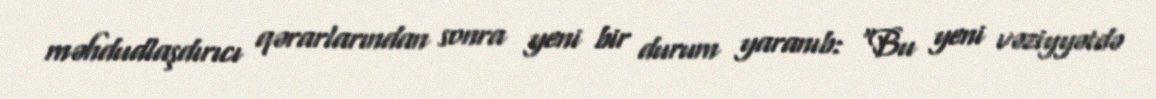
məhdudlaşdırıcı qərarlarından sonra yeni bir durum yaranıb: “Bu yeni vəziyyətdə